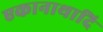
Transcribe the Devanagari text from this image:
एकानाथादि